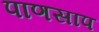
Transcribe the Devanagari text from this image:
पाणसाप